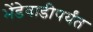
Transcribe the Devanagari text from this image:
भेंडेवाडीपर्यंत